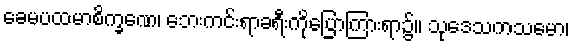
ခေမပထမာစိက္ခဏေ၊ ဘေးကင်းရာခရီးကိုပြောကြားရာ၌။ သုဒေသကသမော၊